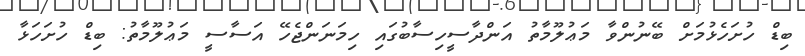
ބިޑް ހުށަހެޅުމަށް ބޭނުންވާ މަޢުލޫމާތު އަންދާސީހިސާބުގައި ހިމަނަންޖެހޭ އަސާސީ މަޢުލޫމާތު: ބިޑް ހުށަހަޅާ